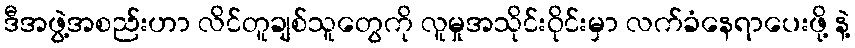
ဒီအဖွဲ့အစည်းဟာ လိင်တူချစ်သူတွေကို လူမှုအသိုင်းဝိုင်းမှာ လက်ခံနေရာပေးဖို့ နဲ့